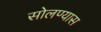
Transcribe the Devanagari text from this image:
सोलण्यास